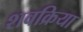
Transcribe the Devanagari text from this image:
शवक्रिया